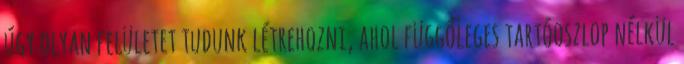
úgy olyan felületet tudunk létrehozni, ahol függőleges tartóoszlop nélkül